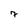
Character: 7